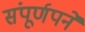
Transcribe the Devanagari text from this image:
संपूर्णपने